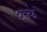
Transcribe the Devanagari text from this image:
छक्‍के